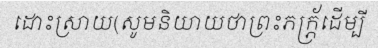
ដោះស្រាយ(សូមនិយាយថាព្រះភក្ភ្រ័ដើម្បី